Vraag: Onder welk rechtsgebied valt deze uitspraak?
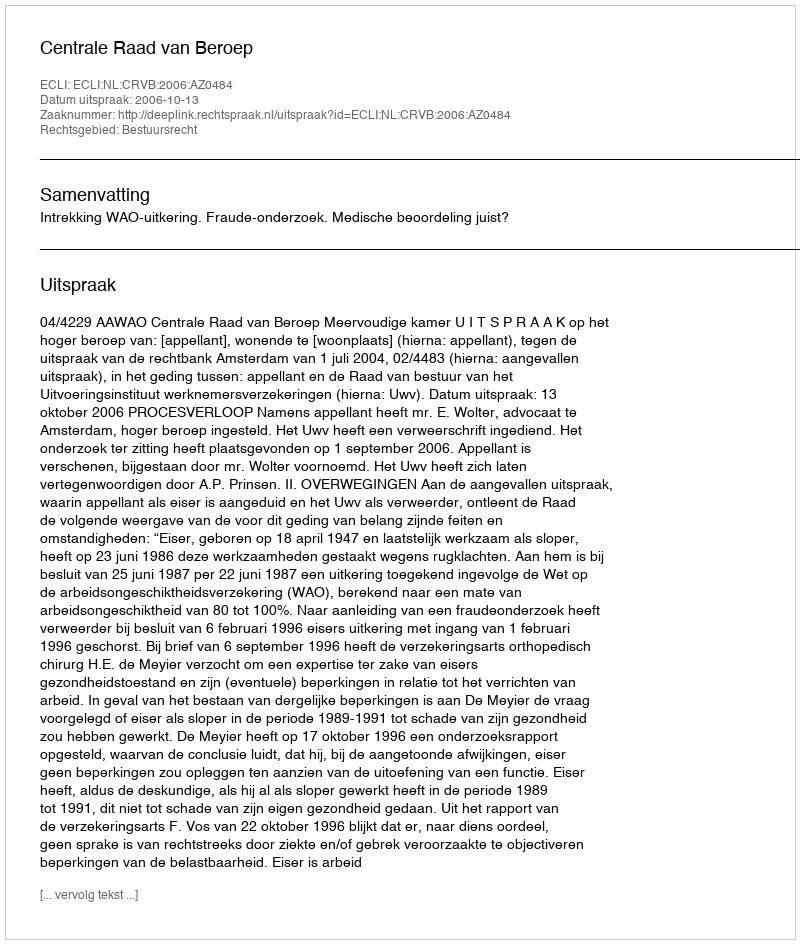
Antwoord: Bestuursrecht